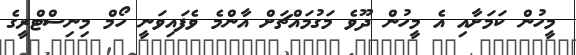
މީހުން ކަމަށާއި އެ މީހުން ދޫވެ މަގުމައްޗަށް އާންމެ ވެފައިވަނީ ހޯމް މިނިސްޓްރީގެ